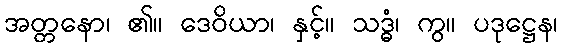
အတ္တနော၊ ၏။ ဒေဝိယာ၊ နှင့်။ သဒ္ဓံ၊ ကွ။ ပဒုဋ္ဌေန၊